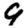
Digit: 9